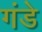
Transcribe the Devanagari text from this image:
गंडे